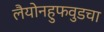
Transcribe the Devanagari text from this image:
लैयोनहुफवुडचा